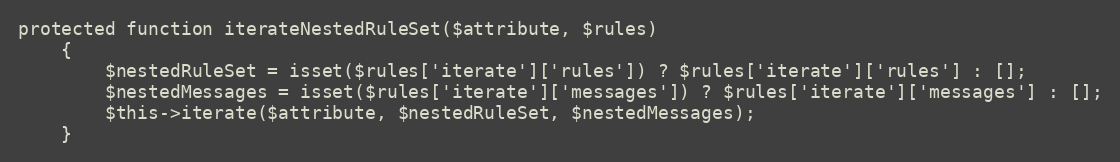
Language: PHP
protected function iterateNestedRuleSet($attribute, $rules)
    {
        $nestedRuleSet = isset($rules['iterate']['rules']) ? $rules['iterate']['rules'] : [];
        $nestedMessages = isset($rules['iterate']['messages']) ? $rules['iterate']['messages'] : [];
        $this->iterate($attribute, $nestedRuleSet, $nestedMessages);
    }